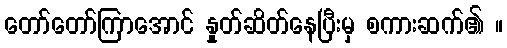
တော်တော်ကြာအောင် နှုတ်ဆိတ်နေပြီးမှ စကားဆက်၏ ။